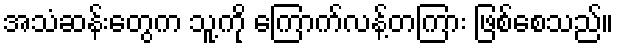
အသံဆန်းတွေက သူ့ကို ကြောက်လန့်တကြား ဖြစ်စေသည်။